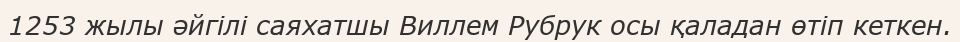
1253 жылы әйгілі саяхатшы Виллем Рубрук осы қаладан өтіп кеткен.